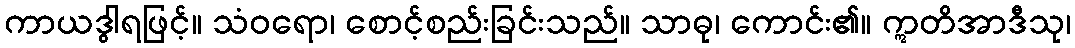
ကာယဒွါရဖြင့်။ သံဝရော၊ စောင့်စည်းခြင်းသည်။ သာဓု၊ ကောင်း၏။ ဣတိအာဒီသု၊